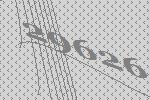
29626